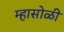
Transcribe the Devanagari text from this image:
म्हासोळी